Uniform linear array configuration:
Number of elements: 16
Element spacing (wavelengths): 0.75
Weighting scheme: binomial
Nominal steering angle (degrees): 60
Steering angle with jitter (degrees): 59.174
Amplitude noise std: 0.05
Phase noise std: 0.05

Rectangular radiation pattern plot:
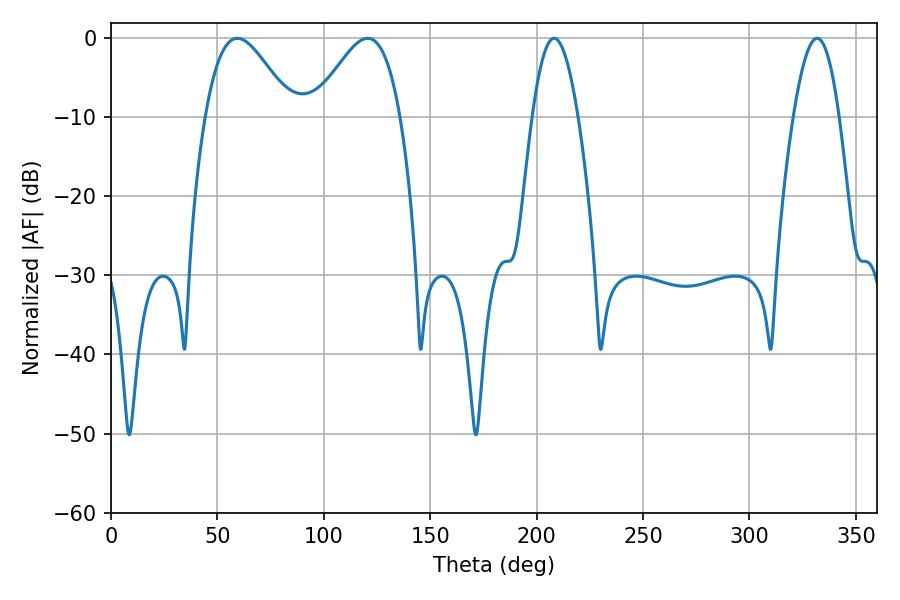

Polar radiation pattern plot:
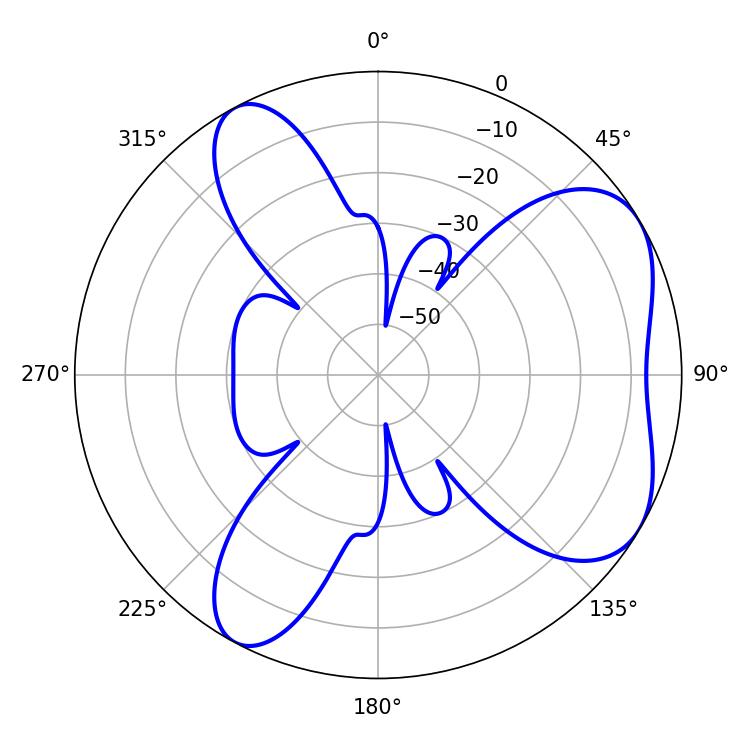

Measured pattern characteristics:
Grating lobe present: TRUE
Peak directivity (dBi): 5.644
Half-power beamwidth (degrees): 21.6
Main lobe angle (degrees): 59.4